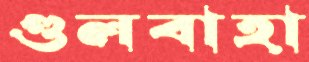
গুলবাহা